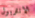
الانتربول